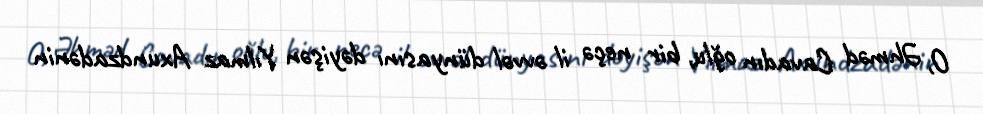
O, Əhməd Cavadın oğlu, bir neçə il əvvəl dünyasını dəyişən Yılmaz Axundzadənin